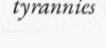
tyrannies